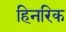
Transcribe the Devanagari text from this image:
हिनरिक